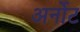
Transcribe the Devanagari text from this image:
अर्नोट